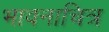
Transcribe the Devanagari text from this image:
भावनाचित्र